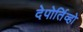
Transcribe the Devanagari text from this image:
देपोर्तिव्हो